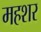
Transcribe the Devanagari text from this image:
महशर